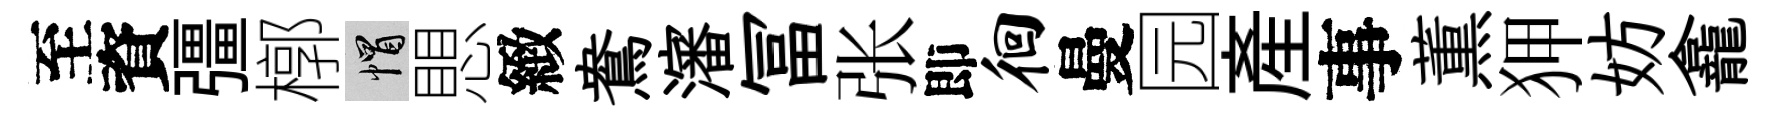
至資彊槨帽愳緻鴦瀋冨张即徊曼园産事薫狎妨龕